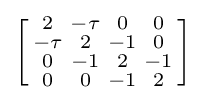
\left[{\begin{smallmatrix}2&-\tau &0&0\\-\tau &2&-1&0\\0&-1&2&-1\\0&0&-1&2\end{smallmatrix}}\right]